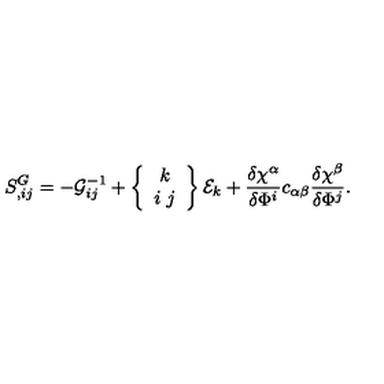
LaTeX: S _ { , i j } ^ { G } = - { \cal G } _ { i j } ^ { - 1 } + \left\{ \begin{array} { c } { k } \\ { i \ j } \\ \end{array} \right\} { \cal E } _ { k } + \frac { \delta \chi ^ { \alpha } } { \delta \Phi ^ { i } } c _ { \alpha \beta } \frac { \delta \chi ^ { \beta } } { \delta \Phi ^ { j } } .